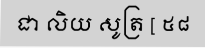
ជា លិយ សូត្រ [ ៥៨